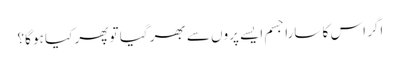
اگر اس کا سارا جسم ایسے پروں سے بھر گیا تو پھر کیا ہو گا؟